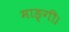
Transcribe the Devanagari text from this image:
माङ्गी।